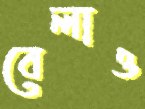
বেলাও